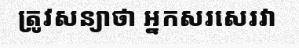
ត្រូវសន្យាថា អ្នកសរសេរវា